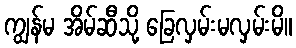
ကျွန်မ အိမ်ဆီသို့ ခြေလှမ်းမလှမ်းမိ။